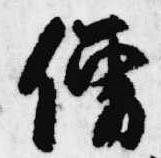
僧